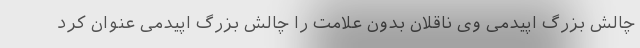
چالش بزرگ اپیدمی وی ناقلان بدون علامت را چالش بزرگ اپیدمی عنوان کرد